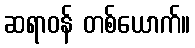
ဆရာဝန် တစ်ယောက်။